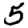
Digit: 5